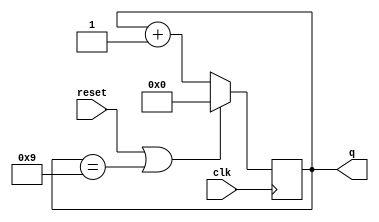
module top_module (
    input clk,
    input reset,        // Synchronous active-high reset
    output reg [3:0] q);
    always @(posedge clk) begin
        if(reset | q == 4'b1001)
            q <= 4'b000;
        else
            q <= q + 4'b001;  
    end
endmodule